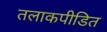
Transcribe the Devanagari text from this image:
तलाकपीडित